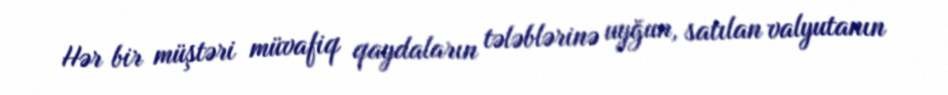
Hər bir müştəri müvafiq qaydaların tələblərinə uyğun, satılan valyutanın